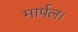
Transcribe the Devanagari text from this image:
मार्पल।